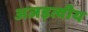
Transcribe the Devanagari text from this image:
अजड़त्वीय